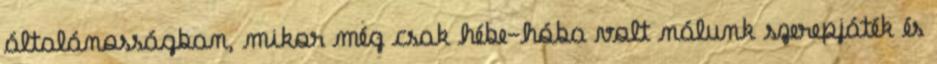
általánosságban, mikor még csak hébe-hóba volt nálunk szerepjáték és